Scottish Leaving Certificate Examination, 1957
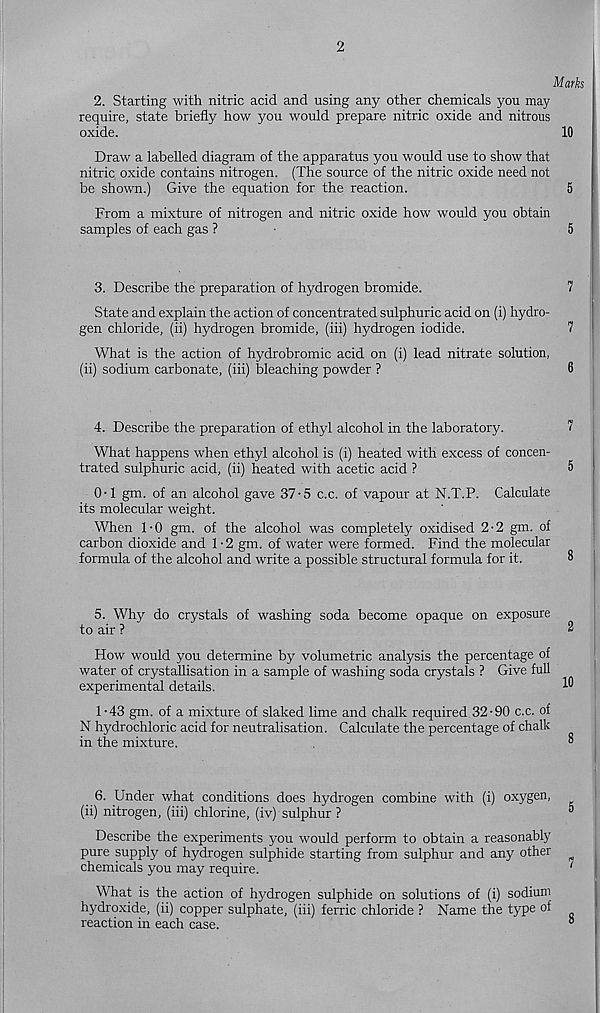
2
Mark
2. Starting with nitric acid and using any other chemicals you may
require, state briefly how you would prepare nitric oxide and nitrous
oxide.
10
Draw a labelled diagram of the apparatus you would use to show that
nitric oxide contains nitrogen. (The source of the nitric oxide need not
be shown.) Give the equation for the reaction.
5
From a mixture of nitrogen and nitric oxide how would you obtain
samples of each gas ?
5
3. Describe the preparation of hydrogen bromide.
7
State and explain the action of concentrated sulphuric acid on (i) hydro-
gen chloride, (ii) hydrogen bromide, (iii) hydrogen iodide.
7
What is the action of hydrobromic acid on (i) lead nitrate solution,
(ii) sodium carbonate, (iii) bleaching powder ?
6
4. Describe the preparation of ethyl alcohol in the laboratory.
7
What happens when ethyl alcohol is (i) heated with excess of concen-
trated sulphuric acid, (ii) heated with acetic acid ?
5
0-1 gm. of an alcohol gave 37-5 c.c. of vapour at N.T.P. Calculate
its molecular weight.
When 1 • 0 gm. of the alcohol was completely oxidised 2 • 2 gm. of
carbon dioxide and 1-2 gm. of water were formed. Find the molecular
formula of the alcohol and write a possible structural formula for it.
5. Why do crystals of washing soda become opaque on exposure
to air ?
2
How would you detennine by volumetric analysis the percentage of
water of crystallisation in a sample of washing soda crystals ? Give full
experimental details.
1 -43 gm. of a mixture of slaked lime and chalk required 32-90 c.c. of
N hydrochloric acid for neutralisation. Calculate the percentage of chalk
in the mixture.
®
6. Under what conditions does hydrogen combine with (i) oxygen,
(ii) nitrogen, (iii) chlorine, (iv) sulphur ?
5
Describe the experiments you would perform to obtain a reasonably
pure supply of hydrogen sulphide starting from sulphur and any other
chemicals you may require.
1
What is the action of hydrogen sulphide on solutions of (i) sodium
hydroxide, (ii) copper sulphate, (iii) ferric chloride ? Name the type of
reaction in each case.
°